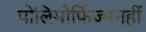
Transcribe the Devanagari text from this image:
पोलिमोर्फ़िज्मनहीं